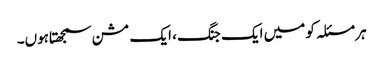
ہر مسئلہ کو میں ایک جنگ ، ایک مشن سمجھتاہوں۔